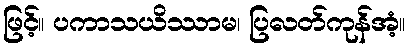
ဖြင့်။ ပကာသယိဿာမ၊ ပြလတ်ကုန်အံ့။